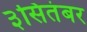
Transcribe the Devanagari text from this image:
३सितंबर